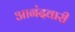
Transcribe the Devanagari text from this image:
आनंदवारी